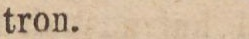
tron.